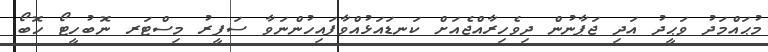
މުޙައްމަދު ވަޙީދު އަދި ޖަޕާނުން ދިވެހިރާއްޖެއަށް ކަނޑައަޅުއްވާފައިހުންނަވާ ސަފީރު މިސްޓަރ ނޮބުހީޓޯ ހޮބޯ